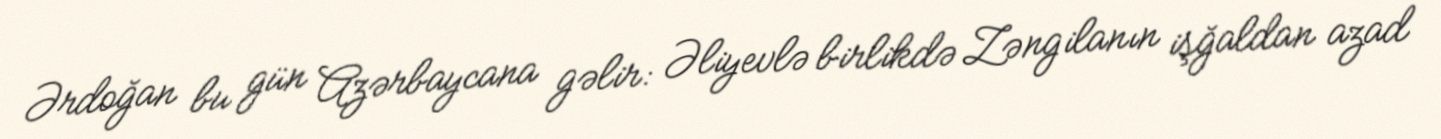
Ərdoğan bu gün Azərbaycana gəlir: Əliyevlə birlikdə Zəngilanın işğaldan azad